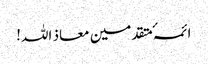
ائمہٴ متقدمین معاذ اللہ!